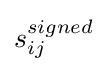
s_{ij}^{signed}